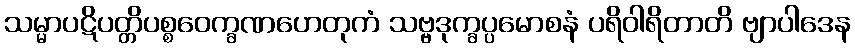
သမ္မာပဋိပတ္တိပစ္စဝေက္ခဏဟေတုကံ သဗ္ဗဒုက္ခပ္ပမောစနံ ပရိဝါရိတာတိ ဗျာပါဒေန